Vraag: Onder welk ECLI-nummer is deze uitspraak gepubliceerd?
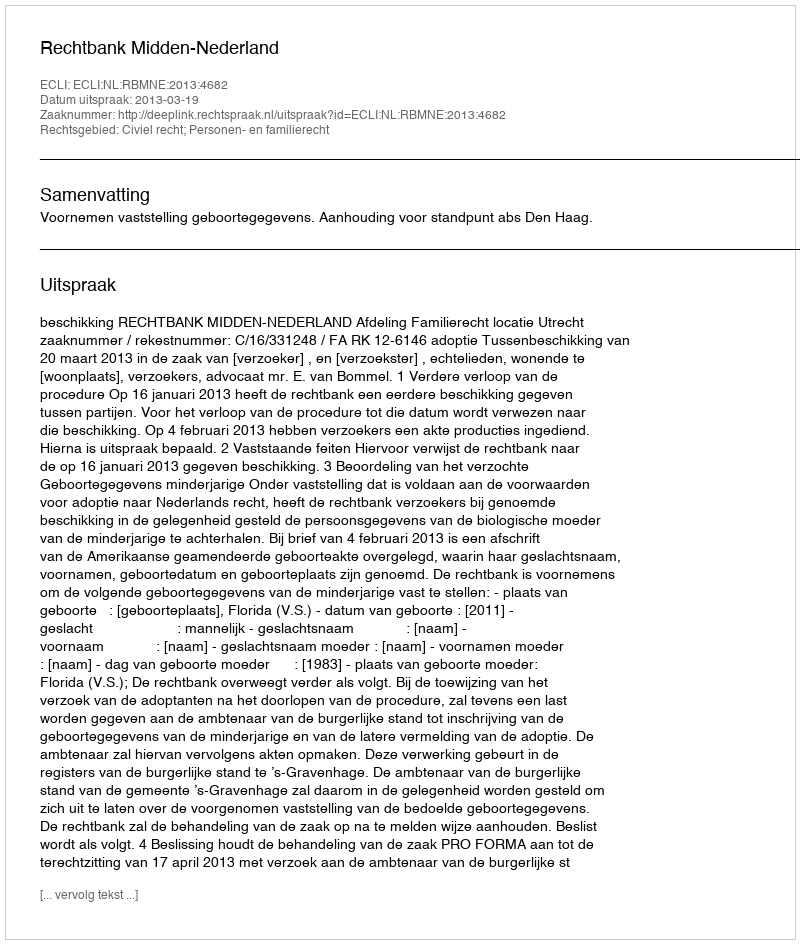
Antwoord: ECLI:NL:RBMNE:2013:4682